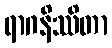
ရာဂနိဿိတာ